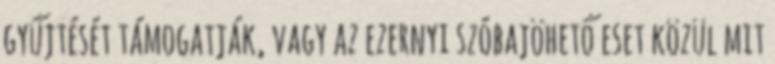
gyűjtését támogatják, vagy az ezernyi szóbajöhető eset közül mit